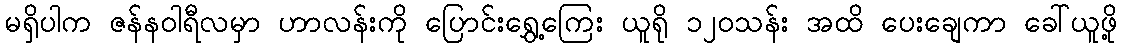
မရှိပါက ဇန်နဝါရီလမှာ ဟာလန်းကို ပြောင်းရွှေ့ကြေး ယူရို ၁၂၀သန်း အထိ ပေးချေကာ ခေါ်ယူဖို့